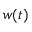
w ( t )